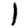
Digit: 1